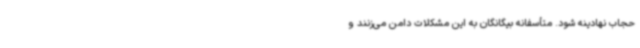
حجاب نهادینه شود. متأسفانه بیگانگان به این مشکلات دامن می‌زنند و